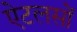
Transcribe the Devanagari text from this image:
ऐटलसों